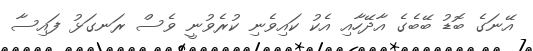
އޭނަގެ ބޮޑު ބޭބެގެ އާދޭހާއި އެކު ކައިވެނި ކުރެވުނީ ވެސް ރަނގަޅު ފައިސާ